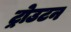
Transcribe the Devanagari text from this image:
ट्रोउटन